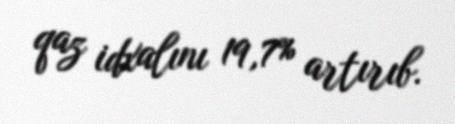
qaz idxalını 19,7% artırıb.